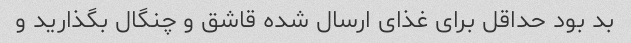
بد بود حداقل برای غذای ارسال شده قاشق و چنگال بگذارید و